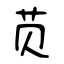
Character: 苋